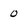
Character: 0